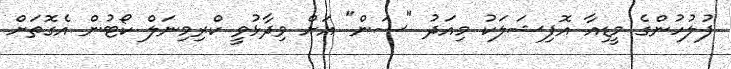
ފުލުހުންގެ މީޑިއާ އޮފިޝަލަކު މިއަދު "ސަން" އަށް ވިދާޅުވީ ކްރިމިނަލް ކޯޓުން އެގޮތަށް